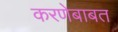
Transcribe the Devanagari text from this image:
करणेबाबत